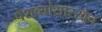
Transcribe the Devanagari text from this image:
पेशव्यांसारखेच